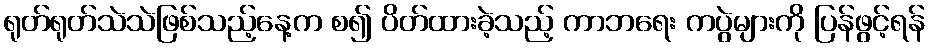
ရုတ်ရုတ်သဲသဲဖြစ်သည့်နေ့က စ၍ ပိတ်ထားခဲ့သည့် ကာဘရေး ကပွဲများကို ပြန်ဖွင့်ရန်